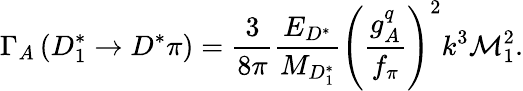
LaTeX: \Gamma_{A}\left(D_{1}^{*}\rightarrow D^{*}\pi\right)={\frac{3}{8\pi}}{\frac{E_{D^{*}}}{M_{D_{1}^{*}}}}\left({\frac{g_{A}^{q}}{f_{\pi}}}\right)^{2}k^{3}{\cal M}_{1}^{2}.